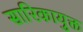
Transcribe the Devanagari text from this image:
सारिकायुक्त